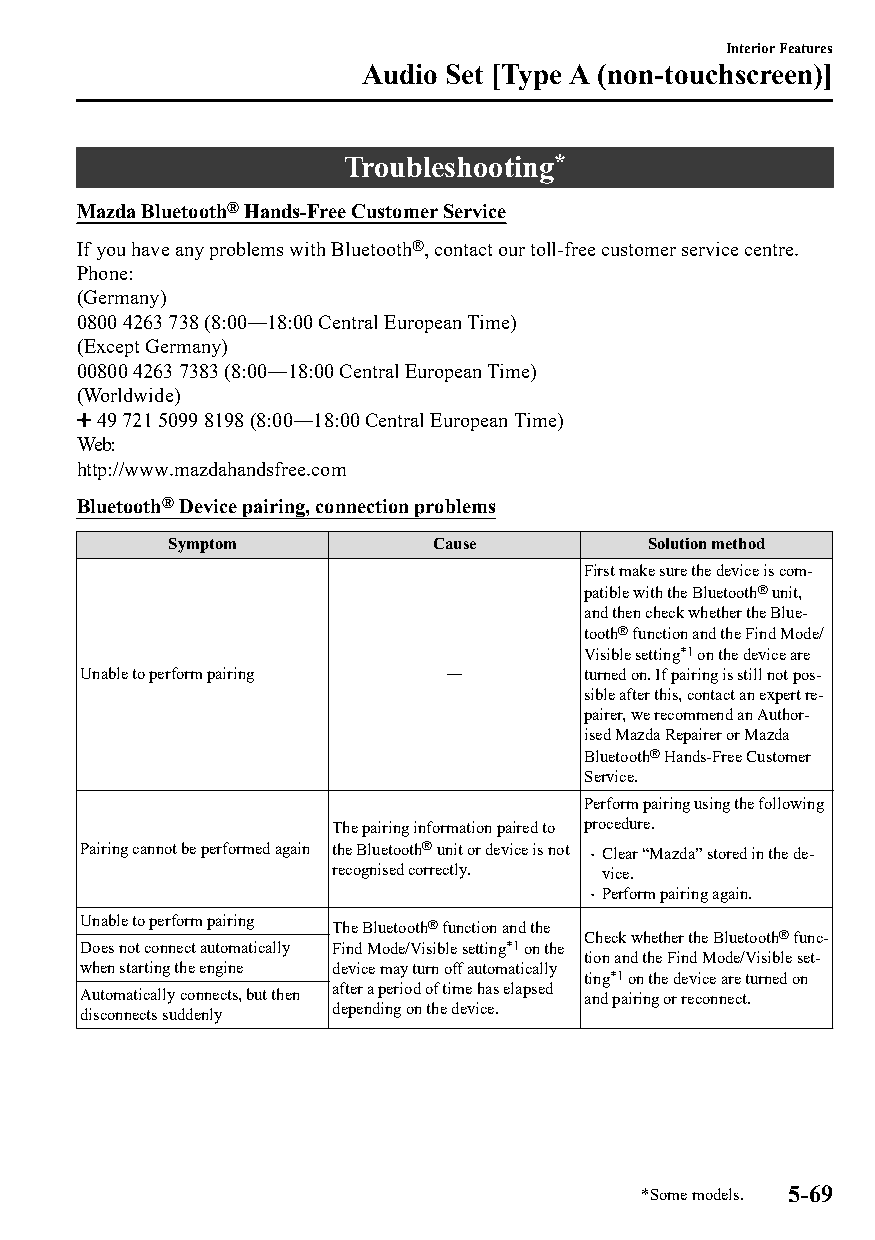
Interior Features
 Audio Set [Type A (non-touchscreen)]
 Troubleshooting*
 Mazda Bluetooth® Hands-Free Customer Service
 If you have any problems with Bluetooth®, contact our toll-free customer service centre.
 Phone:
 (Germany)
 0800 4263 738 (8:00―18:00 Central European Time)
 (Except Germany)
 00800 4263 7383 (8:00―18:00 Central European Time)
 (Worldwide)
 49 721 5099 8198 (8:00―18:00 Central European Time)
 Web:
 http://www.mazdahandsfree.com
 Bluetooth® Device pairing, connection problems
 Symptom          Cause          Solution method
 First make sure the device is com‐
 patible with the Bluetooth® unit,
 and then check whether the Blue‐
 tooth® function and the Find Mode/
 Visible setting*1 on the device are
 Unable to perform pairing ―      turned on. If pairing is still not pos‐
 sible after this, contact an expert re‐
 pairer, we recommend an Author‐
 ised Mazda Repairer or Mazda
 Bluetooth® Hands-Free Customer
 Service.
 Perform pairing using the following
 The pairing information paired to procedure.
 Pairing cannot be performed again the Bluetooth® unit or device is not  Clear “Mazda” stored in the de‐
 recognised correctly. vice.
  Perform pairing again.
 Unable to perform pairing The Bluetooth® function and the
 Check whether the Bluetooth® func‐
 Does not connect automatically Find Mode/Visible setting*1 on the
 tion and the Find Mode/Visible set‐
 when starting the engine device may turn off automatically
 ting*1 on the device are turned on
 Automatically connects, but then after a period of time has elapsed and pairing or reconnect.
 disconnects suddenly depending on the device.
 *Some models. 5-69
 CX-3_8GT4-EE-18D_Edition4                  2018-9-6 18:32:19